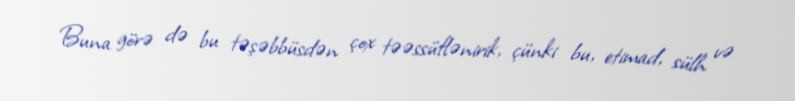
Buna görə də bu təşəbbüsdən çox təəssüflənirik, çünki bu, etimad, sülh və